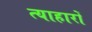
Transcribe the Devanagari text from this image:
त्याहारों